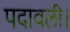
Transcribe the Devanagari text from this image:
पदावली।